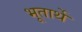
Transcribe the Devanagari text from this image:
भूतार्थे